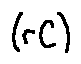
( r C )